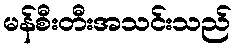
မန်စီးတီးအသင်းသည်